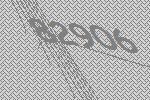
82906